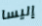
إليسا